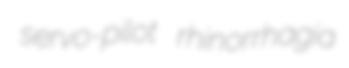
servo-pilot rhinorrhagia